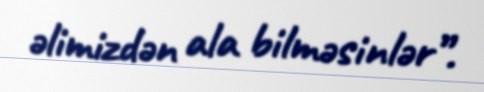
əlimizdən ala bilməsinlər”.